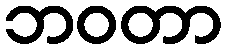
ဘဝတာ